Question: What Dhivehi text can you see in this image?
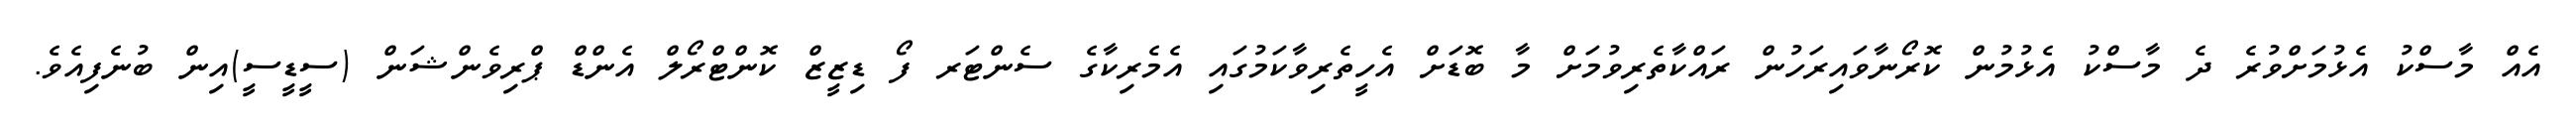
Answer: އެއް މާސްކު އެޅުމަށްވުރެ ދެ މާސްކު އެޅުމުން ކޮރޯނާވައިރަހުން ރައްކާތެރިވުމަށް މާ ބޮޑަށް އެހީތެރިވާކަމުގައި އެމެރިކާގެ ސެންޓަރ ފޯ ޑިޒީޒް ކޮންޓްރޯލް އެންޑް ޕްރިވެންޝަން (ސީޑީސީ)އިން ބުނެފިއެވެ.